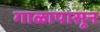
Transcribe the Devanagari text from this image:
गाळापासून